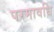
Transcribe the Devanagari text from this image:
परमावधि